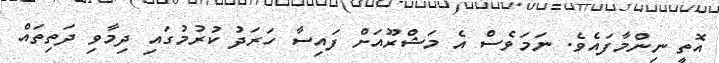
އޮތީ ނިންމާފައެވެ. ނަމަވެސް އެ މަޝްރޫއަށް ފައިސާ ހަރަދު ކުރުމުގައި ދިމާވި ދަތިތައް